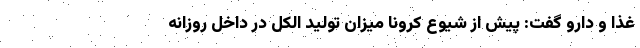
غذا و دارو گفت: پیش از شیوع کرونا میزان تولید الکل در داخل روزانه